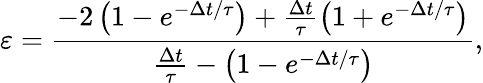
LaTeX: \varepsilon=\frac{-2\left({1-e^{-\Delta t/\tau}}\right)+\frac{\Delta t}{\tau}\left({1+e^{-\Delta t/\tau}}\right)}{\frac{\Delta t}{\tau}-\left({1-e^{-\Delta t/\tau}}\right)},